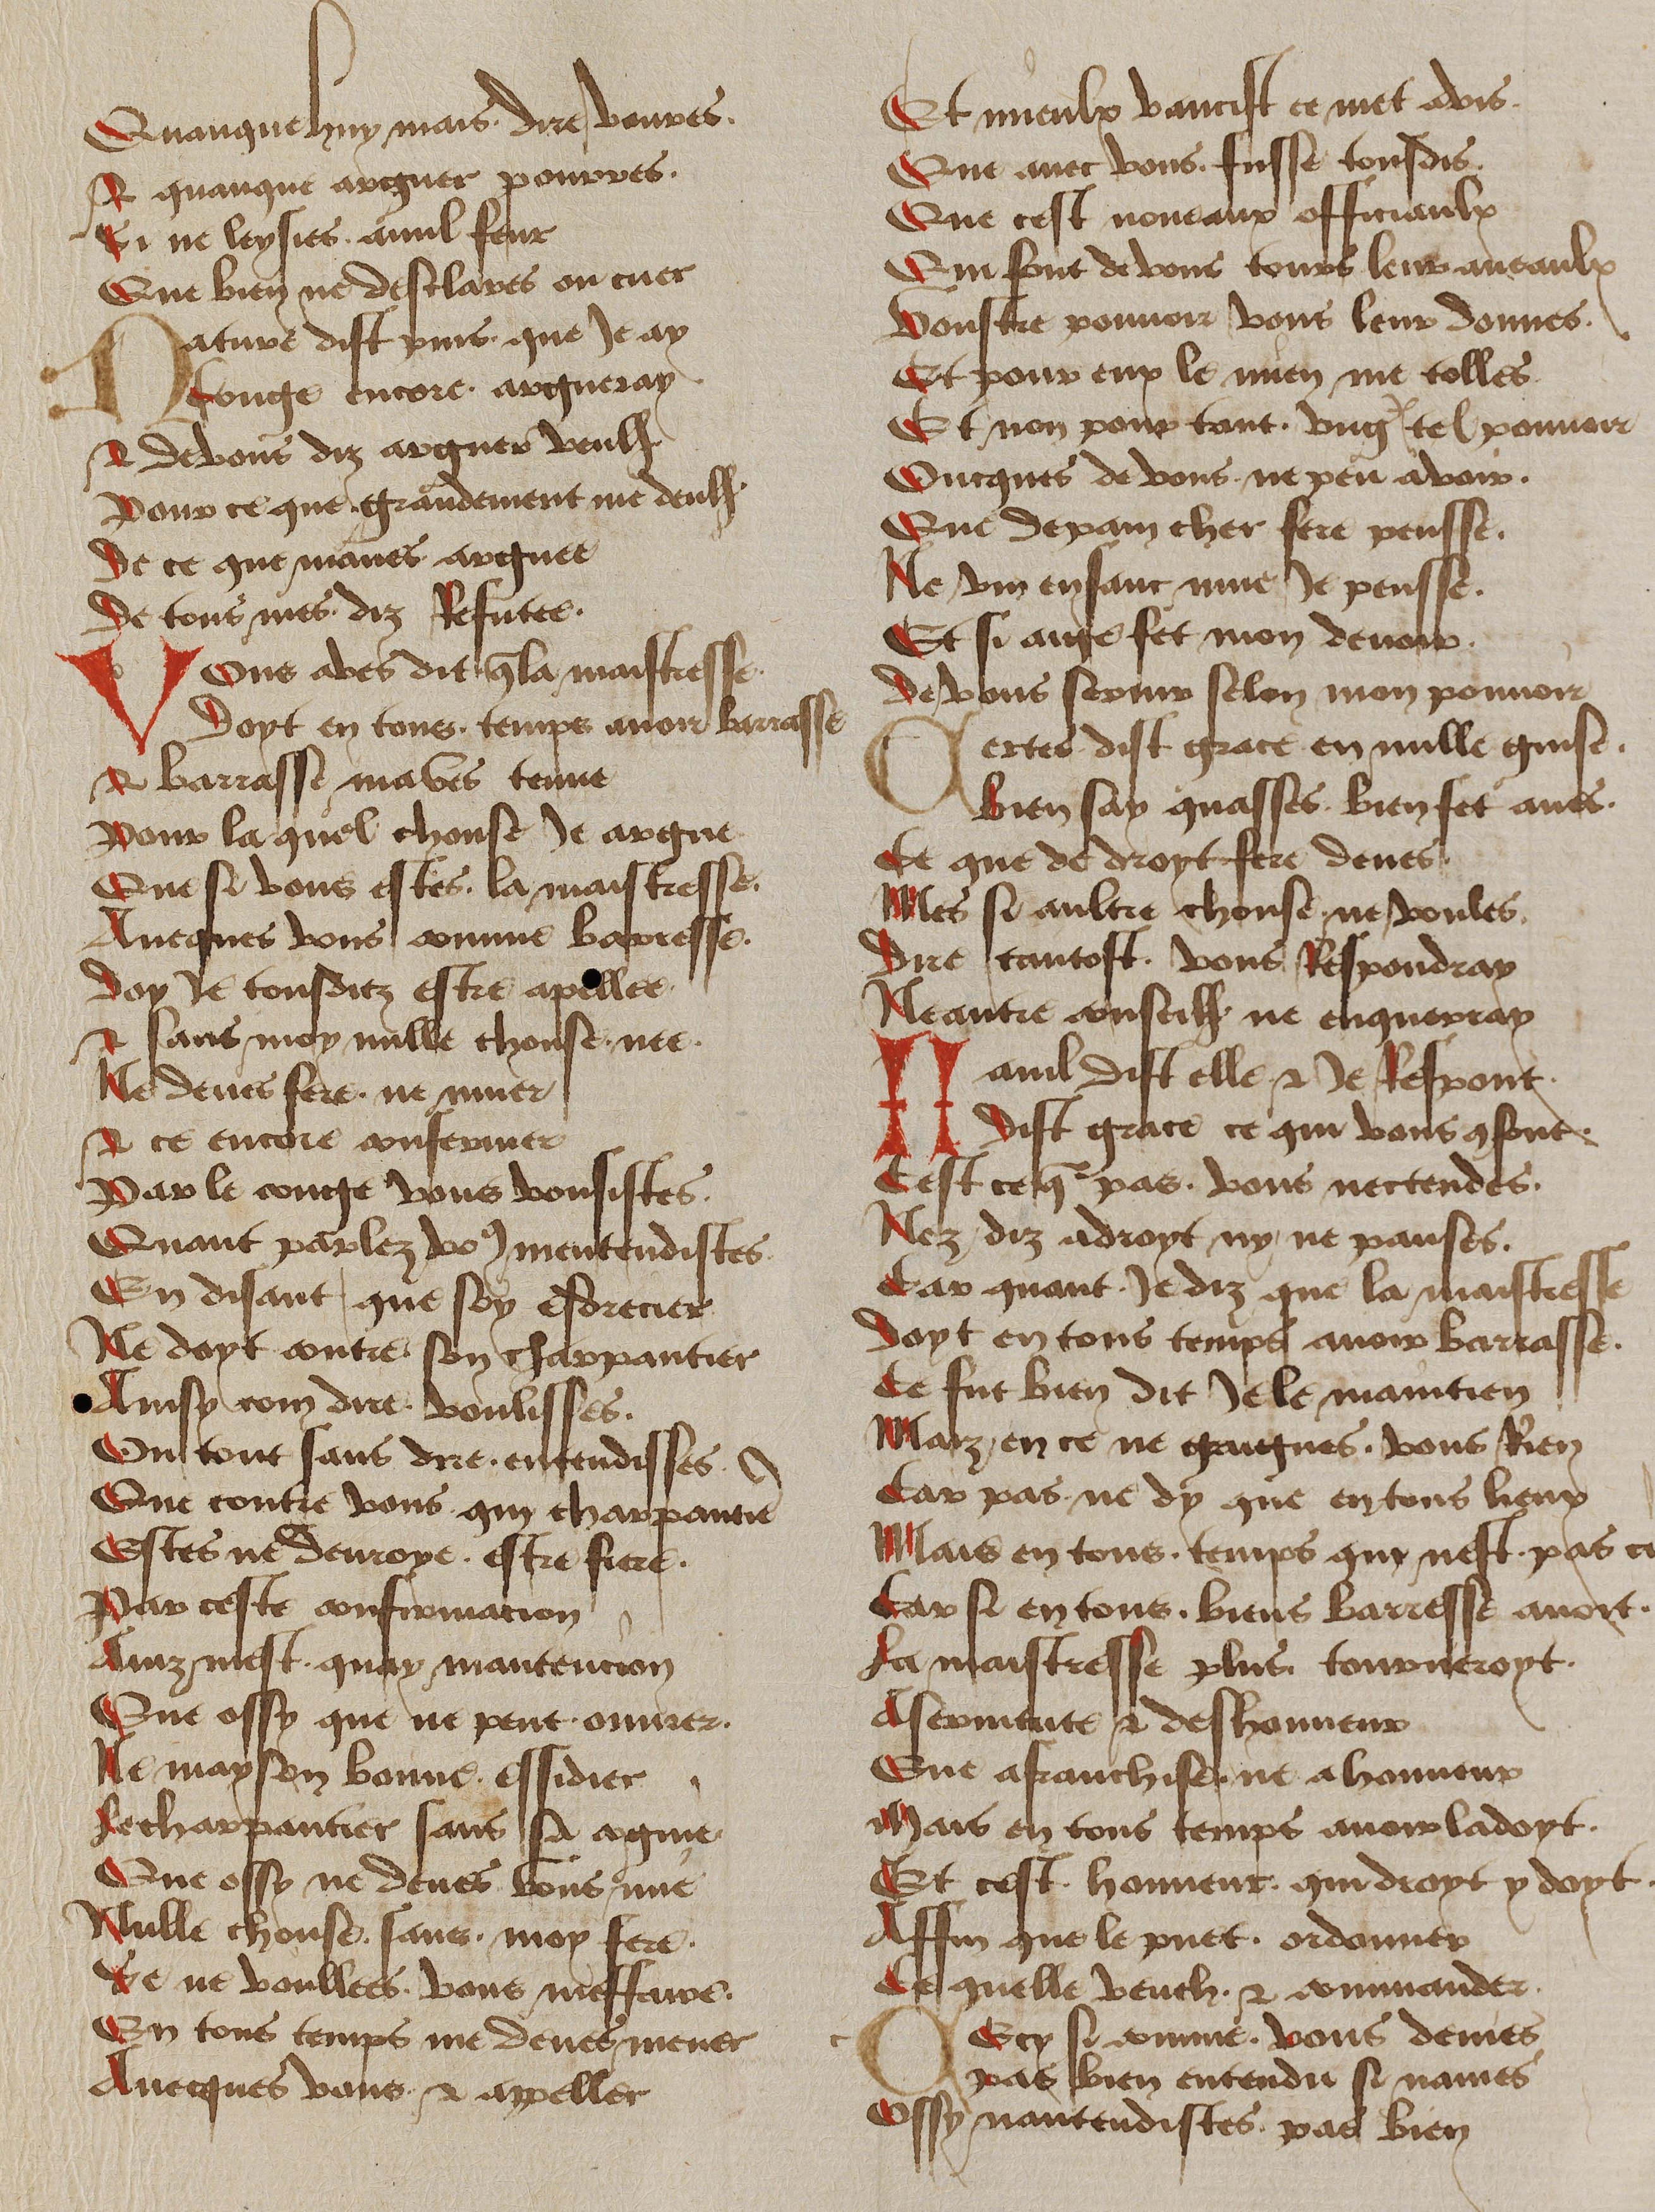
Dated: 1450–1499